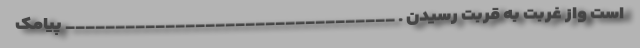
است واز غربت به قربت رسیدن . _________________________________ پیامک